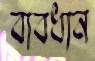
বাবধান